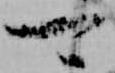
可